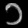
Digit: ၁